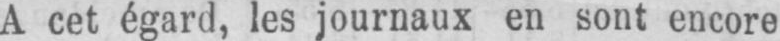
A cet égard, les journaux en sont encore